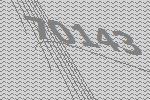
70143